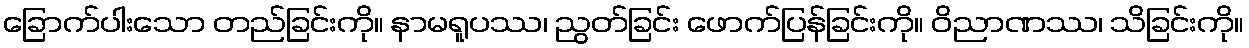
ခြောက်ပါးသော တည်ခြင်းကို။ နာမရူပဿ၊ ညွတ်ခြင်း ဖောက်ပြန်ခြင်းကို။ ဝိညာဏဿ၊ သိခြင်းကို။